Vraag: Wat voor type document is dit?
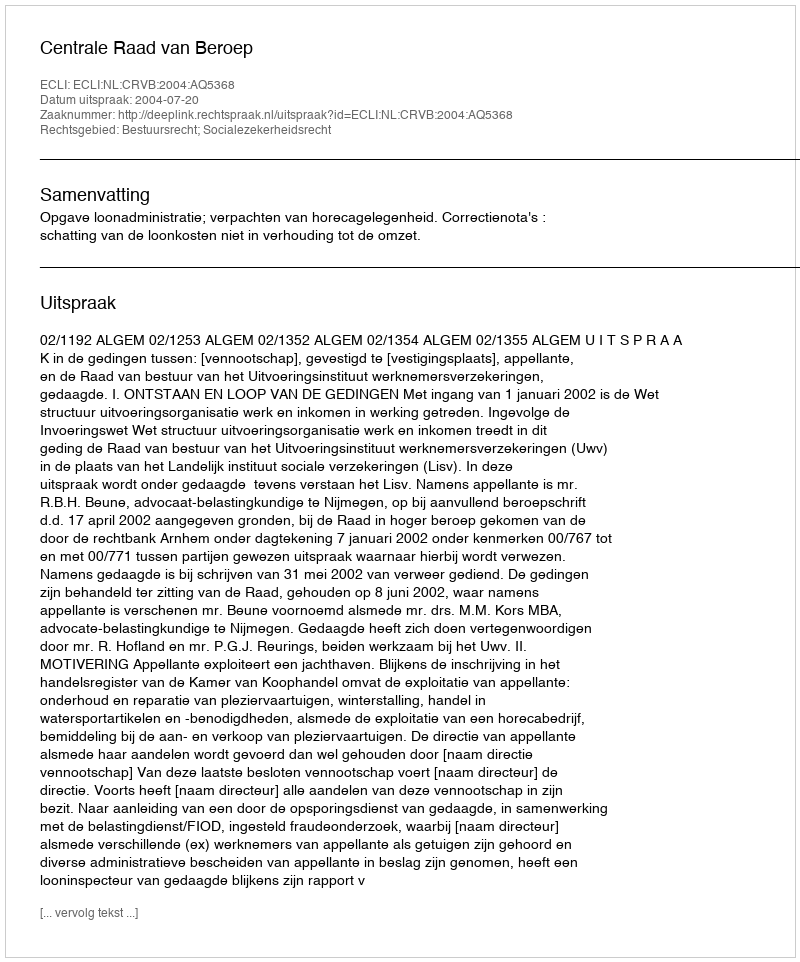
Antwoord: Uitspraak